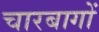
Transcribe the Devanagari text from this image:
चारबागों